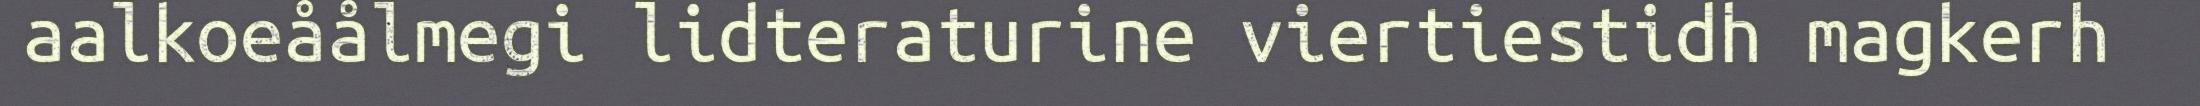
aalkoeåålmegi lidteraturine viertiestidh magkerh